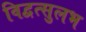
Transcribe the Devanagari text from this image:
विद्वत्सुलभ